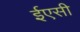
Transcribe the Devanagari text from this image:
ईएसी